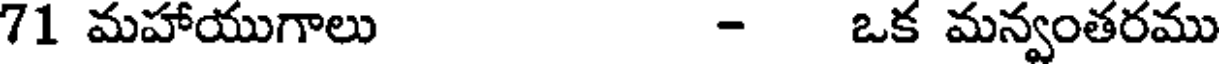
71 మహాయుగాలు - ఒక మన్వంతరము